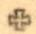
+